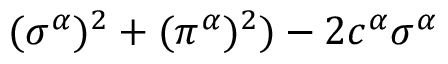
( \sigma ^ { \alpha } ) ^ { 2 } + ( \pi ^ { \alpha } ) ^ { 2 } ) - 2 c ^ { \alpha } \sigma ^ { \alpha }